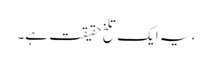
، یہ ایک تلخ حقیقت ہے۔